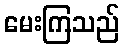
မေးကြသည်